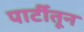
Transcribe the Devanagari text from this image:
पार्टीतून